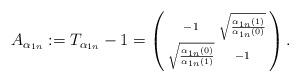
LaTeX: \begin{align*}A_{\alpha_{1n}}:=T_{\alpha_{1n}}-1=\left(\begin{smallmatrix} -1&\sqrt{\frac{\alpha_{1n}(1)}{\alpha_{1n}(0)}}\\ \sqrt{\frac{\alpha_{1n}(0)}{\alpha_{1n}(1)}} &-1\end{smallmatrix}\right).\end{align*}